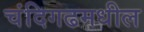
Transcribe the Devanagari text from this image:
चंदिगढमधील